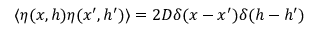
\langle \eta ( x , h ) \eta ( x ^ { \prime } , h ^ { \prime } ) \rangle = 2 D \delta ( x - x ^ { \prime } ) \delta ( h - h ^ { \prime } )